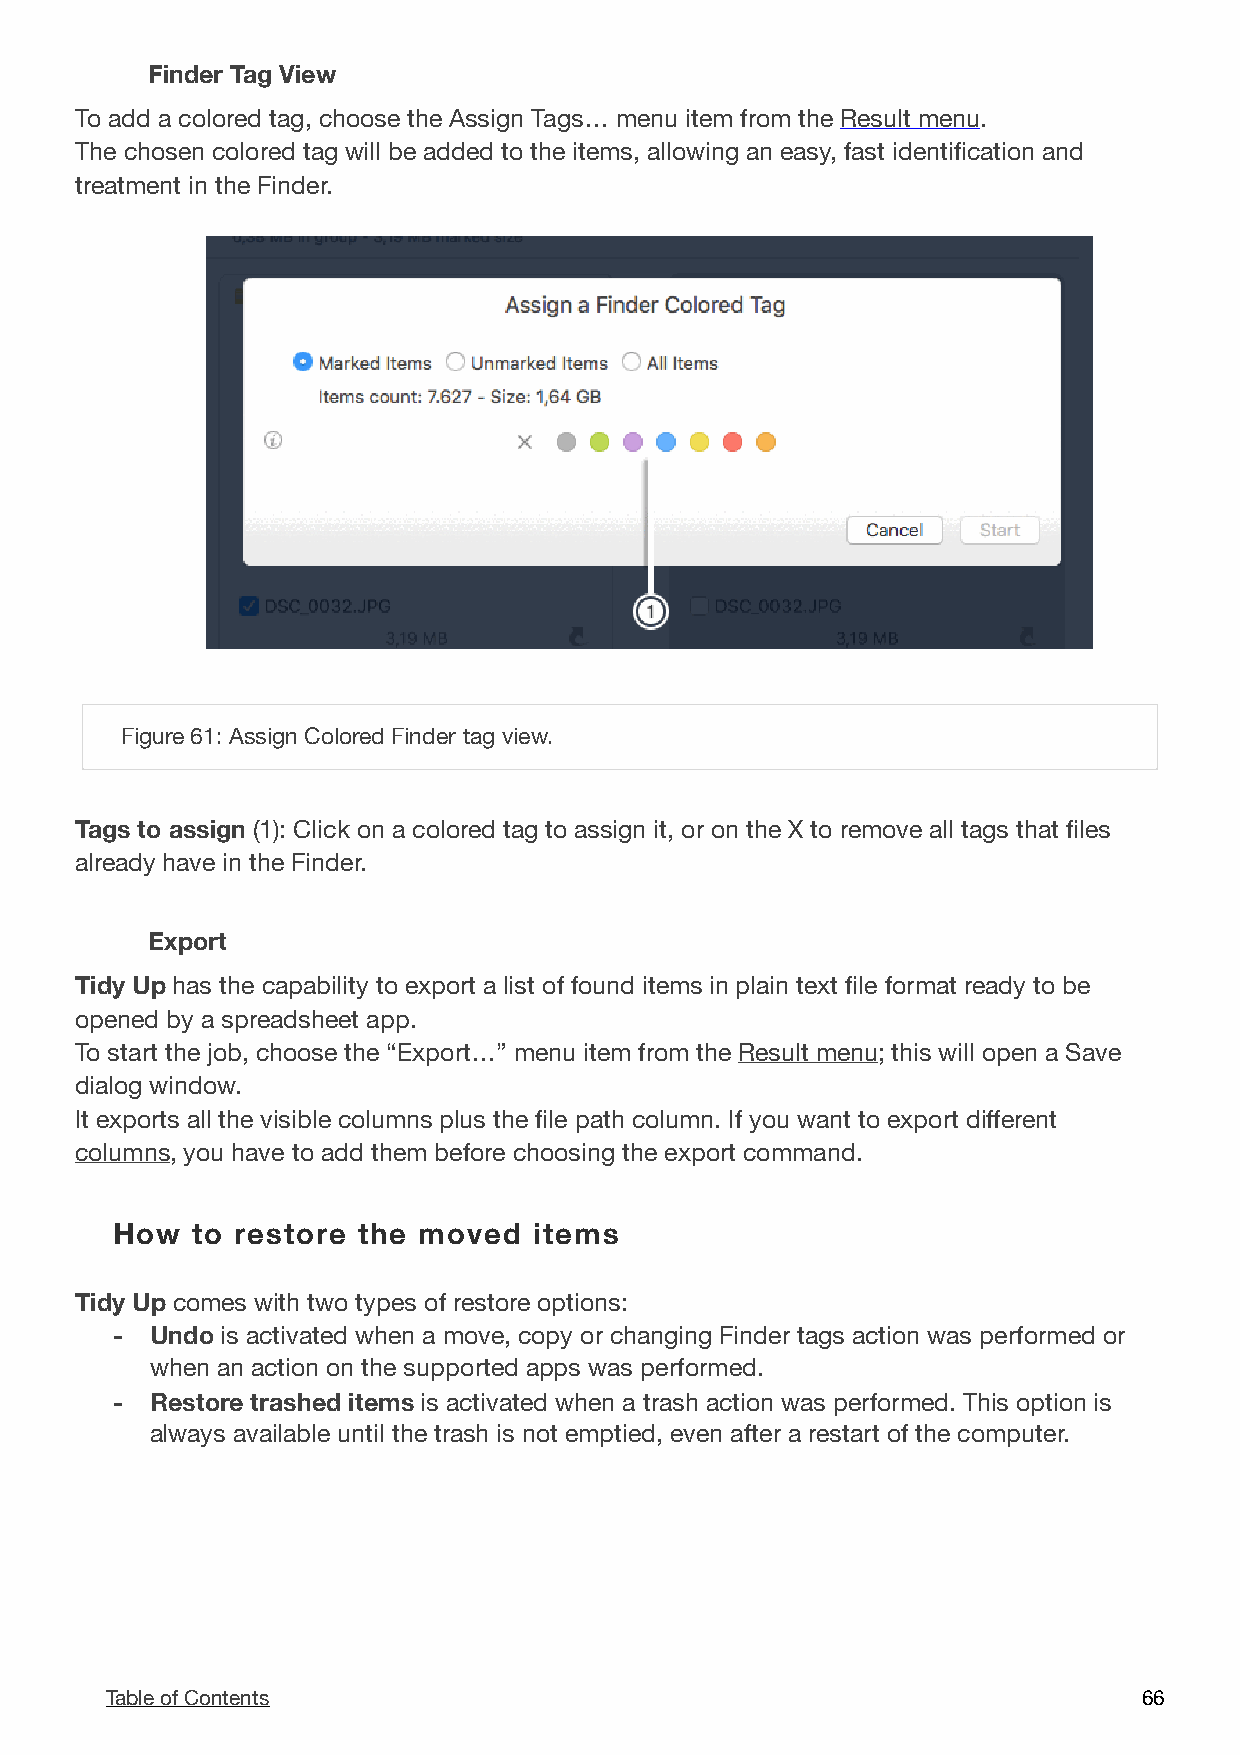
Finder Tag View
 To add a colored tag, choose the Assign Tags… menu item from the Result menu.
 The chosen colored tag will be added to the items, allowing an easy, fast identification and
 treatment in the Finder.
 !
 Figure 61: Assign Colored Finder tag view.
 Tags to assign (1): Click on a colored tag to assign it, or on the X to remove all tags that files
 already have in the Finder.
 Export
 Tidy Up has the capability to export a list of found items in plain text file format ready to be
 opened by a spreadsheet app.
 To start the job, choose the “Export…” menu item from the Result menu; this will open a Save
 dialog window.
 It exports all the visible columns plus the file path column. If you want to export different
 columns, you have to add them before choosing the export command.
 How   to restore the moved  items
 Tidy Up comes with two types of restore options:
 -  Undo is activated when a move, copy or changing Finder tags action was performed or
 when an action on the supported apps was performed.
 -  Restore trashed items is activated when a trash action was performed. This option is
 always available until the trash is not emptied, even after a restart of the computer.
 Table of Contents                                                    6 6